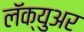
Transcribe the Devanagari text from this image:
लॅक्युअर